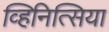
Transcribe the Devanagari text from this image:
व्हिनित्सिया